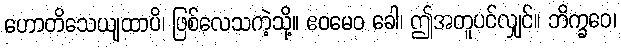
ဟောတိသေယျထာပိ၊ ဖြစ်လေသကဲ့သို့။ ဧဝမေဝ ခေါ၊ ဤအတူပင်လျှင်။ ဘိက္ခဝေ၊